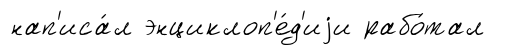
нап'иса́л энциклоп'е́д'иjи рабо́тал